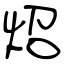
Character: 炤